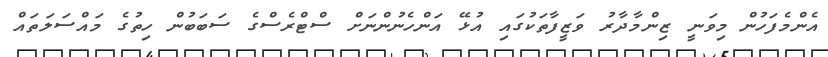
އެންމެފަހުން މިވަނީ ޒިންމާދާރު ވަޒީފާތަކުގައި އުޅޭ އަންހެނުންނަށް ސްޓްރެސްގެ ސަބަބުން ހިތުގެ މައްސަލަތައް